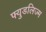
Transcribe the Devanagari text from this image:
फ्युडलिज्म